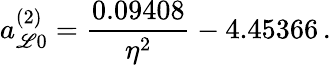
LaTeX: a_{\mathscr{L}0}^{(2)}=\frac{{0.09408}}{{\eta^{2}}}-4.45366\, .